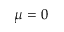
\mu = 0